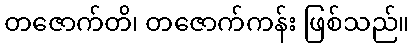
တဇောက်တိ၊ တဇောက်ကန်း ဖြစ်သည်။